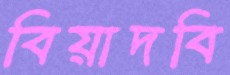
বিয়াদবি